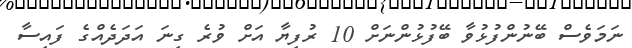
ނަމަވެސް ބޭނުންފުޅުވާ ބޭފުޅުންނަށް 10 ރުފިޔާ އަށް ވުރެ ގިނަ އަދަދެއްގެ ފައިސާ